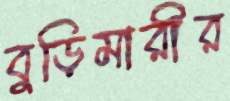
বুড়িমারীর